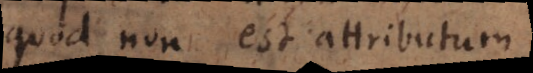
quod non est attributum.